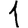
Digit: 1